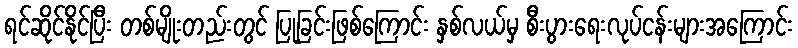
ရင်ဆိုင်နိုင်ပြီး တစ်မျိုးတည်းတွင် ပြုခြင်းဖြစ်ကြောင်း နှစ်လယ်မှ စီးပွားရေးလုပ်ငန်းများအကြောင်း